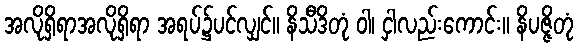
အလိုရှိရာအလိုရှိရာ အရပ်၌ပင်လျှင်။ နိသီဒိတုံ ဝါ၊ ငှါလည်းကောင်း။ နိပဇ္ဇိတုံ